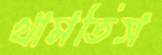
থামতিস